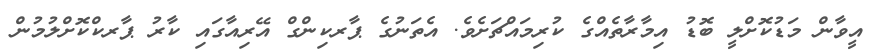
އީވާން މަޑުކޮށްލީ ބޮޑު އިމާރާތެއްގެ ކުރިމައްޗަށެވެ. އެތަނުގެ ޕާރކިންގް އޭރިއާގައި ކާރު ޕާރކްކޮށްލުމުން